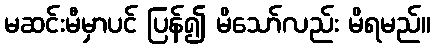
မဆင်းမီမှာပင် ပြန်၍ မိသော်လည်း မိရမည်။